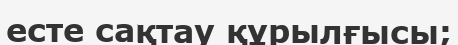
есте сақтау құрылғысы;